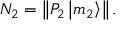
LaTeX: N _ { 2 } = \left\| P _ { 2 } \left| m _ { 2 } \right\rangle \right\| .